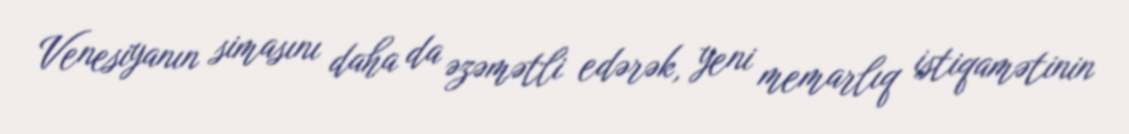
Venesiyanın simasını daha da əzəmətli edərək, yeni memarlıq istiqamətinin